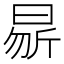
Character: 𭨝